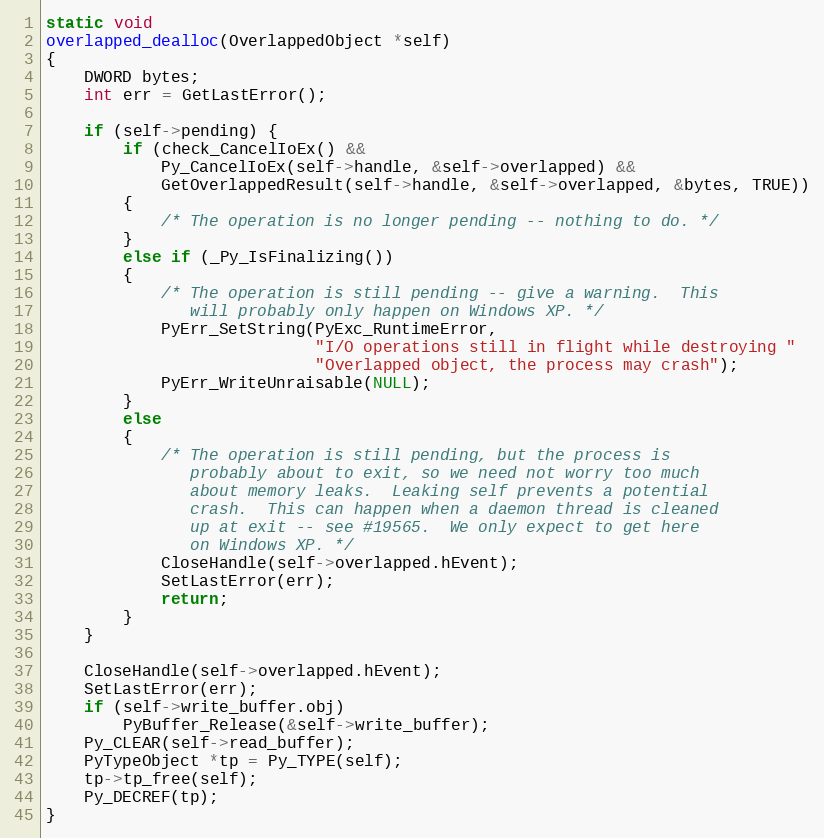
Language: C
static void
overlapped_dealloc(OverlappedObject *self)
{
    DWORD bytes;
    int err = GetLastError();

    if (self->pending) {
        if (check_CancelIoEx() &&
            Py_CancelIoEx(self->handle, &self->overlapped) &&
            GetOverlappedResult(self->handle, &self->overlapped, &bytes, TRUE))
        {
            /* The operation is no longer pending -- nothing to do. */
        }
        else if (_Py_IsFinalizing())
        {
            /* The operation is still pending -- give a warning.  This
               will probably only happen on Windows XP. */
            PyErr_SetString(PyExc_RuntimeError,
                            "I/O operations still in flight while destroying "
                            "Overlapped object, the process may crash");
            PyErr_WriteUnraisable(NULL);
        }
        else
        {
            /* The operation is still pending, but the process is
               probably about to exit, so we need not worry too much
               about memory leaks.  Leaking self prevents a potential
               crash.  This can happen when a daemon thread is cleaned
               up at exit -- see #19565.  We only expect to get here
               on Windows XP. */
            CloseHandle(self->overlapped.hEvent);
            SetLastError(err);
            return;
        }
    }

    CloseHandle(self->overlapped.hEvent);
    SetLastError(err);
    if (self->write_buffer.obj)
        PyBuffer_Release(&self->write_buffer);
    Py_CLEAR(self->read_buffer);
    PyTypeObject *tp = Py_TYPE(self);
    tp->tp_free(self);
    Py_DECREF(tp);
}